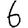
Digit: 6